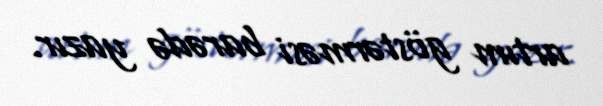
artım göstərməsi barədə yazır.